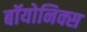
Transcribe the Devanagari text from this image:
बॉयोनिक्स